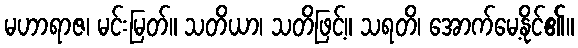
မဟာရာဇ၊ မင်းမြတ်။ သတိယာ၊ သတိဖြင့်။ သရတိ၊ အောက်မေ့နိုင်၏။